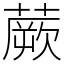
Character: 蕨